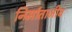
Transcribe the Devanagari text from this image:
निर्माताजीव